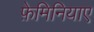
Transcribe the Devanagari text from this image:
फ़ेमिनियाए